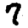
Digit: 7